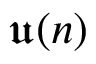
{ \mathfrak { u } } ( n )